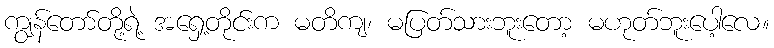
ကျွန်တော်တို့ရဲ့ အရှေ့တိုင်းက မတိကျ၊ မပြတ်သားဘူးတော့ မဟုတ်ဘူးပေါ့လေ။